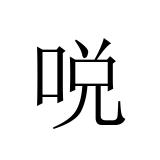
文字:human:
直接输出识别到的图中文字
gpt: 哾